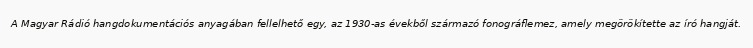
A Magyar Rádió hangdokumentációs anyagában fellelhető egy, az 1930-as évekből származó fonográflemez, amely megörökítette az író hangját.